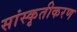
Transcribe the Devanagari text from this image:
सांस्कृतीकरण